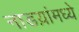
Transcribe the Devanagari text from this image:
नाडय़ांमध्ये